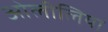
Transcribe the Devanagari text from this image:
ओलीलिया